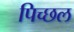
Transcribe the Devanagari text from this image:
पिच्छल